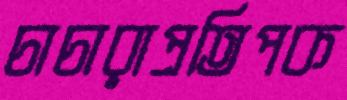
চাচারাপ্রতিপক